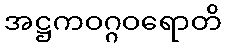
အဋ္ဌကဝဂ္ဂဝရောတိ